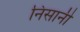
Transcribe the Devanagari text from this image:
निसानी